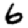
Digit: 6